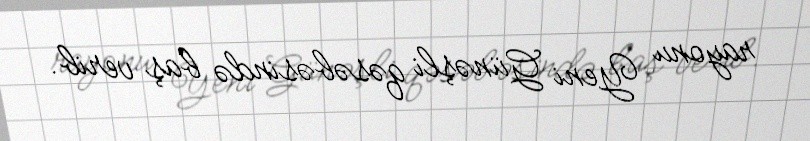
rayonu Yeni Günəşli qəsəbəsində baş verib.